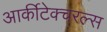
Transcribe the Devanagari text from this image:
आर्कीटेक्चरल्स